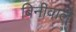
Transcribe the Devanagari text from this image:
बिनीवाले